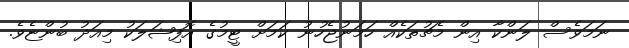
ނަމަވެސް ލަންކާ އިން މެޗުތަކެއް ހަމަނުޖެހުނު ކަމަށް ޓީމުގެ އޮފިޝަލަކު މިއަދު ބުންޏެވެ.